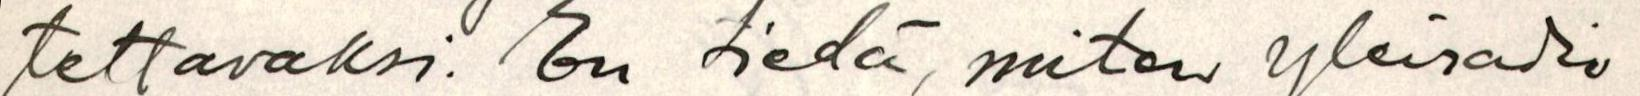
tettavaksi. En tiedä, miten yleisradio